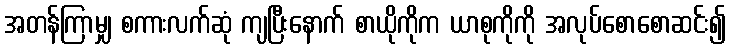
အတန်ကြာမျှ စကားလက်ဆုံ ကျပြီးနောက် စာယိုကိုက ယာစုကိုကို အလုပ်စောစောဆင်း၍